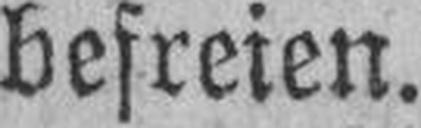
befreien.